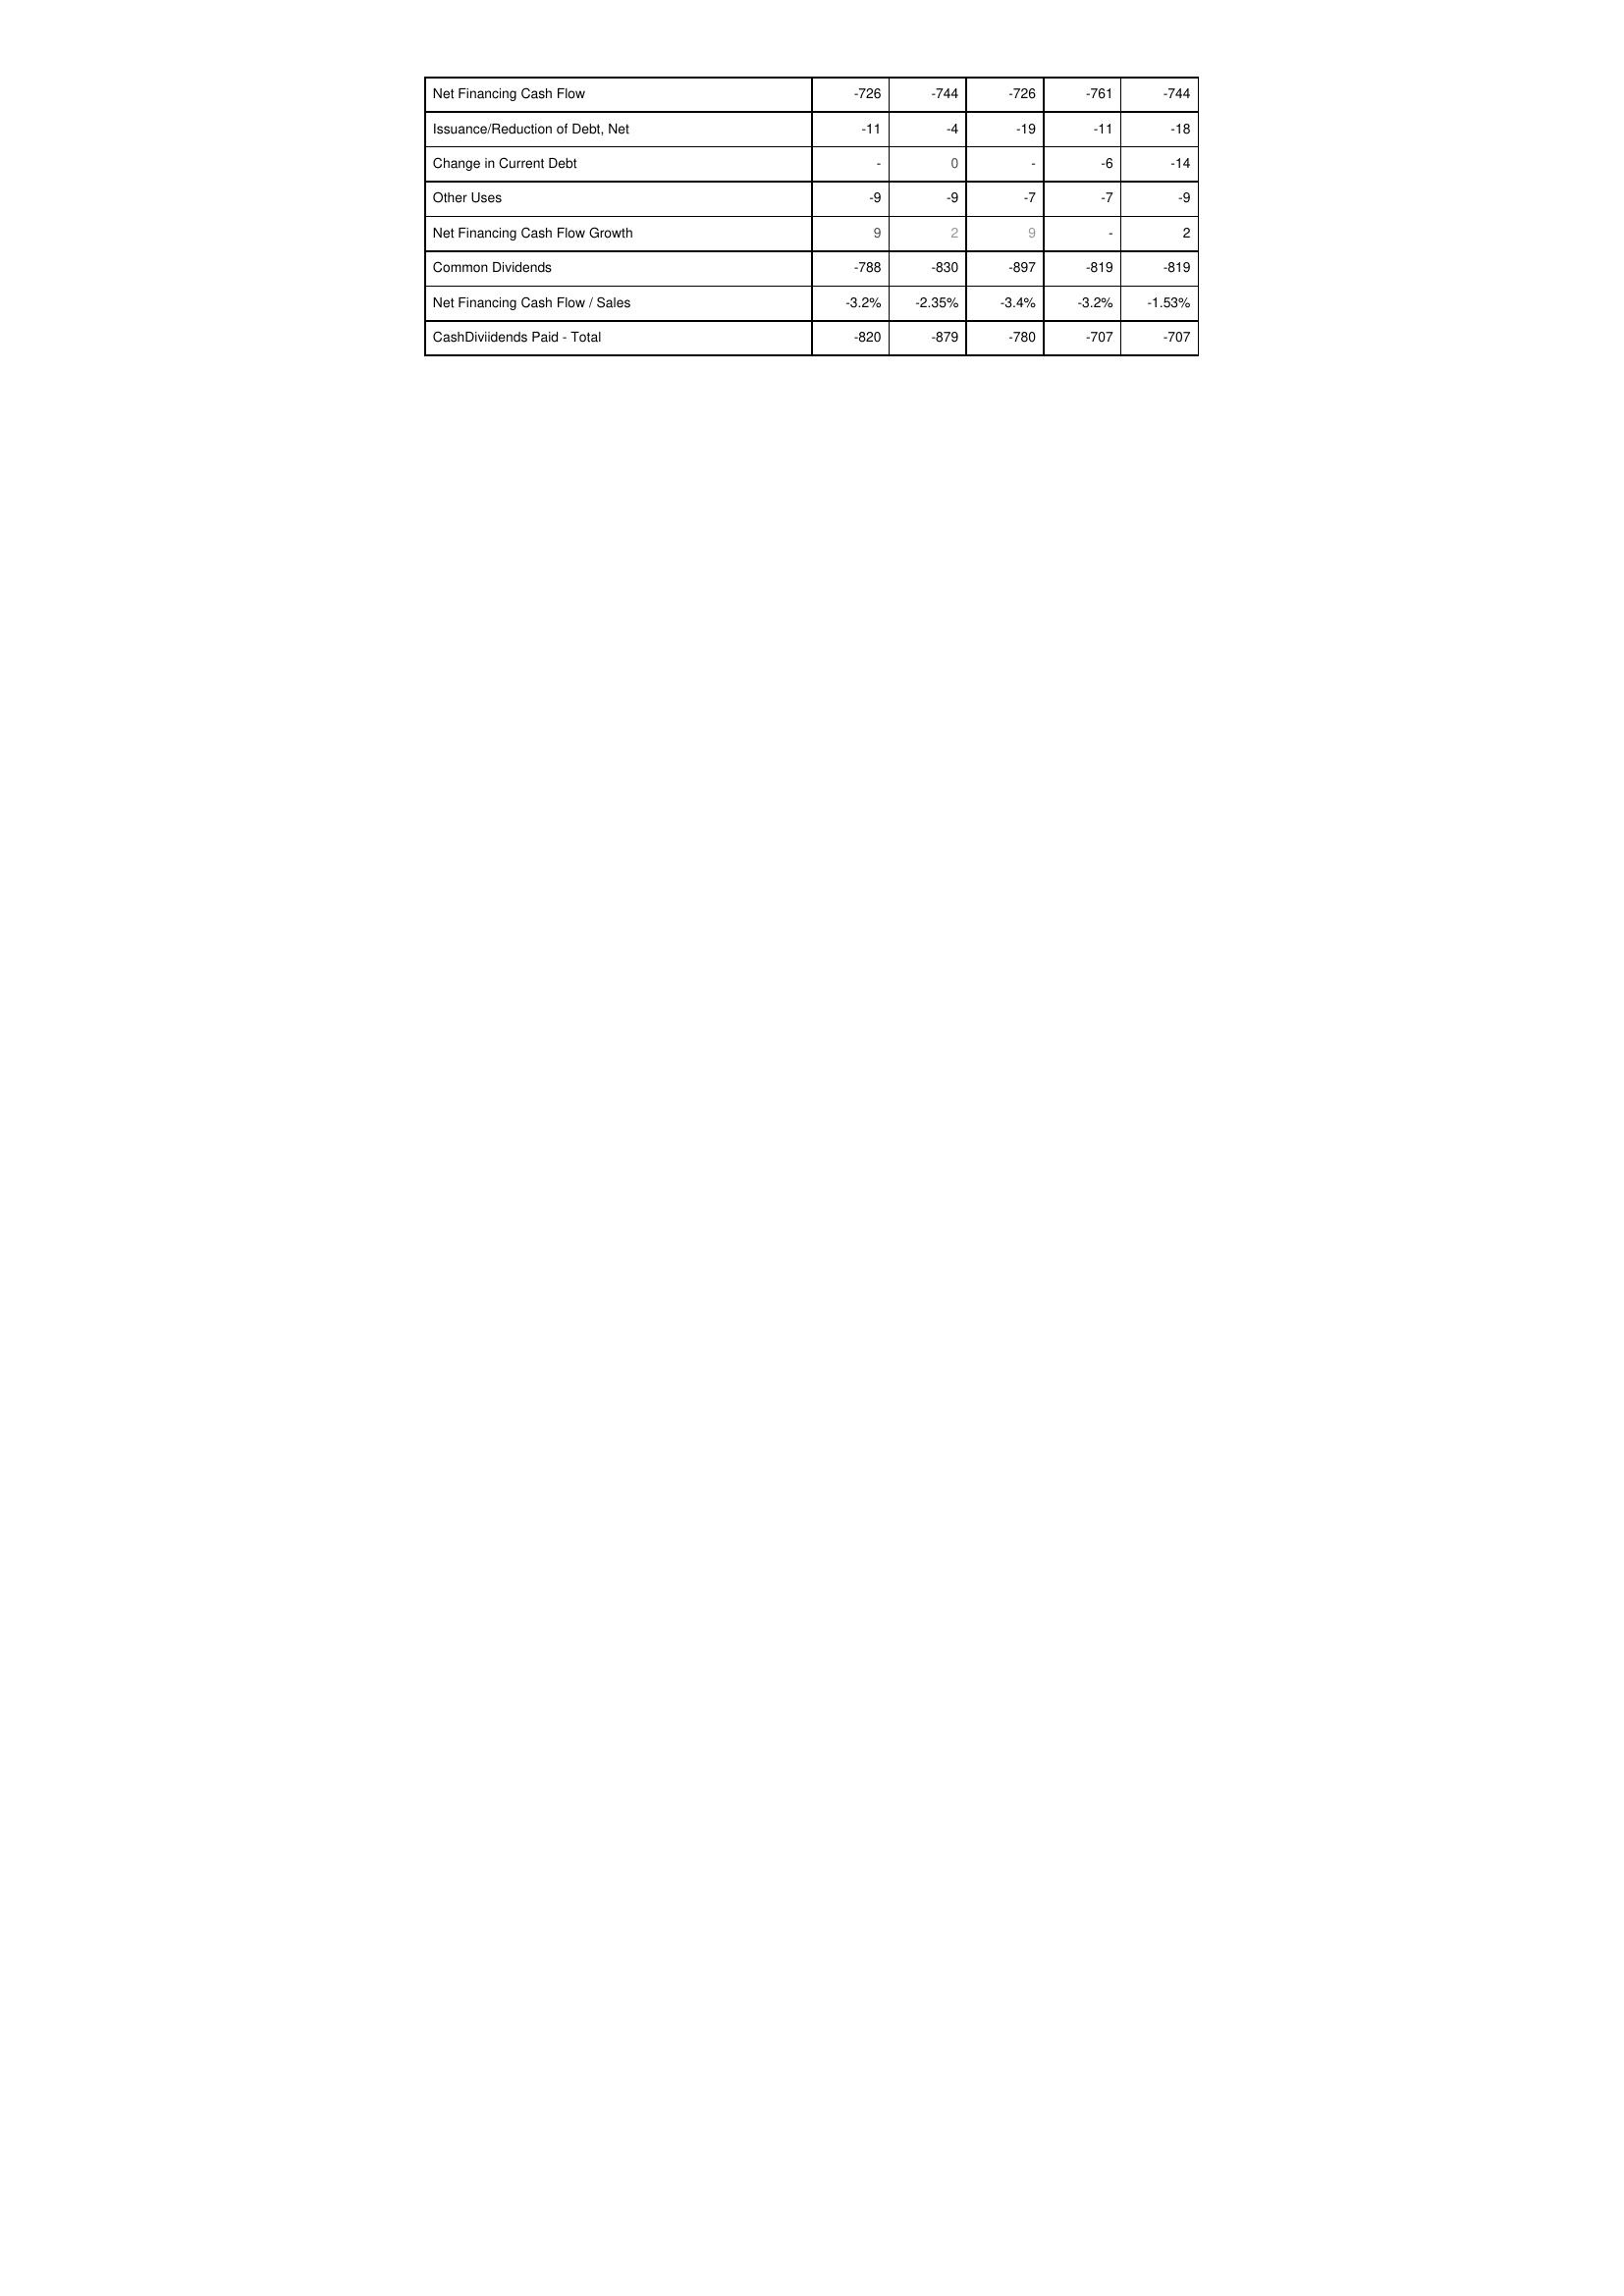
2015: Financing Activities: Net Financing Cash Flow: -726
Issuance/Reduction of Debt, Net: -11
Change in Current Debt: -
Other Uses: -9
Net Financing Cash Flow Growth: 9
Common Dividends: -788
Net Financing Cash Flow / Sales: -3.2%
CashDiviidends Paid - Total: -820
2016: Financing Activities: Net Financing Cash Flow: -744
Issuance/Reduction of Debt, Net: -4
Change in Current Debt: 0
Other Uses: -9
Net Financing Cash Flow Growth: 2
Common Dividends: -830
Net Financing Cash Flow / Sales: -2.35%
CashDiviidends Paid - Total: -879
2017: Financing Activities: Net Financing Cash Flow: -726
Issuance/Reduction of Debt, Net: -19
Change in Current Debt: -
Other Uses: -7
Net Financing Cash Flow Growth: 9
Common Dividends: -897
Net Financing Cash Flow / Sales: -3.4%
CashDiviidends Paid - Total: -780
2018: Financing Activities: Net Financing Cash Flow: -761
Issuance/Reduction of Debt, Net: -11
Change in Current Debt: -6
Other Uses: -7
Net Financing Cash Flow Growth: -
Common Dividends: -819
Net Financing Cash Flow / Sales: -3.2%
CashDiviidends Paid - Total: -707
2019: Financing Activities: Net Financing Cash Flow: -744
Issuance/Reduction of Debt, Net: -18
Change in Current Debt: -14
Other Uses: -9
Net Financing Cash Flow Growth: 2
Common Dividends: -819
Net Financing Cash Flow / Sales: -1.53%
CashDiviidends Paid - Total: -707